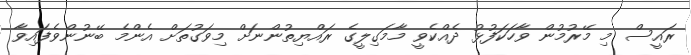
ރައީސް މި މޭރުމުން ވާހަކަފުޅު ދެއްކެވީ މާމަގިލީގެ ރައްޔިތުންނަށް މިވަގުތަށް އެންމެ ބޭނުންވެފައިވާ